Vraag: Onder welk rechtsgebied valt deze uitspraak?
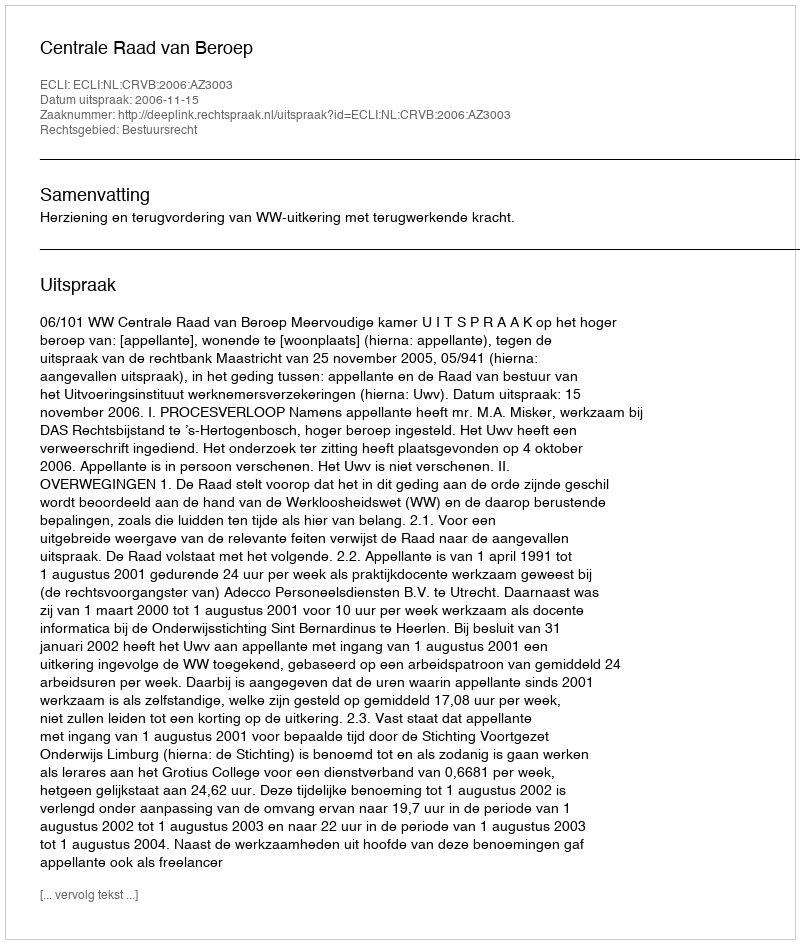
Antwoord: Bestuursrecht